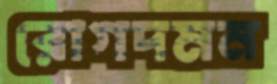
রোগদমন